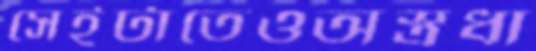
সেইটাতেওঅস্ত্রধা